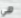
هي